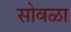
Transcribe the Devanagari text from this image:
सोवळा